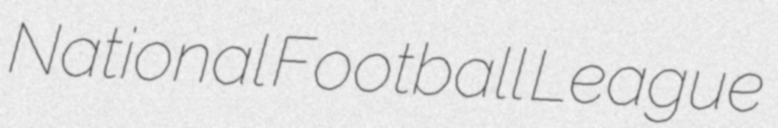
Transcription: National Football League